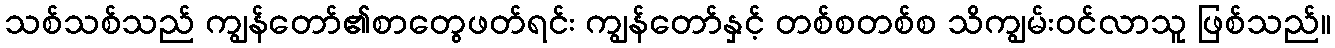
သစ်သစ်သည် ကျွန်တော်၏စာတွေဖတ်ရင်း ကျွန်တော်နှင့် တစ်စတစ်စ သိကျွမ်းဝင်လာသူ ဖြစ်သည်။